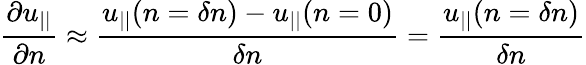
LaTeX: \frac{\partial u_{||}}{\partial n}\approx\frac{u_{||}(n=\delta n)-u_{||}(n=0)}{\delta n}=\frac{u_{||}(n=\delta n)}{\delta n}